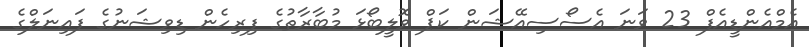
އެމްއެންޑީއެފް 23 ވަނަ އެސޯސިއޭޝަން ކަޕް ވޮލީބޯޅަ މުބާރާތުގެ ފިރިހެން ޑިވިޝަނުގެ ފައިނަލްގެ